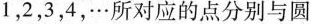
1，2，3，4，…所对应的点分别与圆